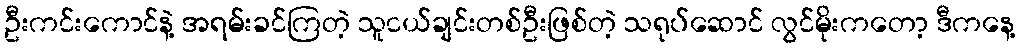
ဦးကင်းကောင်နဲ့ အရမ်းခင်ကြတဲ့ သူငယ်ချင်းတစ်ဦးဖြစ်တဲ့ သရုပ်ဆောင် လွင်မိုးကတော့ ဒီကနေ့